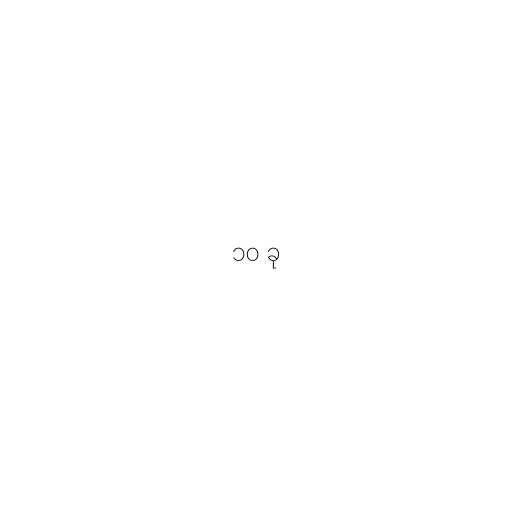
၁၀ ခု